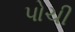
પોચી